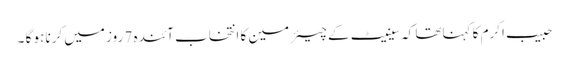
حبیب اکرم کا کہناتھا کہ سینیٹ کے چیئر مین کا انتخاب آئندہ 7 روز میں کرنا ہو گا ۔